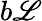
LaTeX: b\mathscr{L}